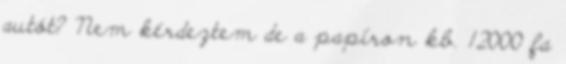
autót? Nem kérdeztem de a papíron kb. 12000 fa